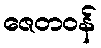
ဇေတဝန်